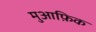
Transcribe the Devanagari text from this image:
मुआफ़िक